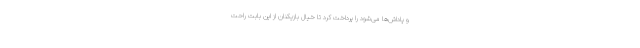
و پاداش‌ها می‌شود را پرداخت کرد تا خیال بازیکنان از این بابت راحت